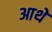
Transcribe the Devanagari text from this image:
आथे